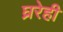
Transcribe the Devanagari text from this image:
घ्ररेही